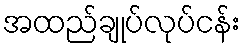
အထည်ချုပ်လုပ်ငန်း